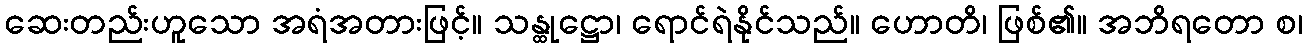
ဆေးတည်းဟူသော အရံအတားဖြင့်။ သန္ထုဋ္ဌော၊ ရောင်ရဲနိုင်သည်။ ဟောတိ၊ ဖြစ်၏။ အဘိရတော စ၊